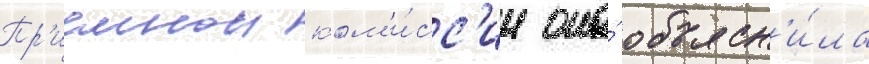
Пр'иемнои ком'и́сс'ии она́ объясн'и́ла